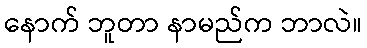
နောက် ဘူတာ နာမည်က ဘာလဲ။